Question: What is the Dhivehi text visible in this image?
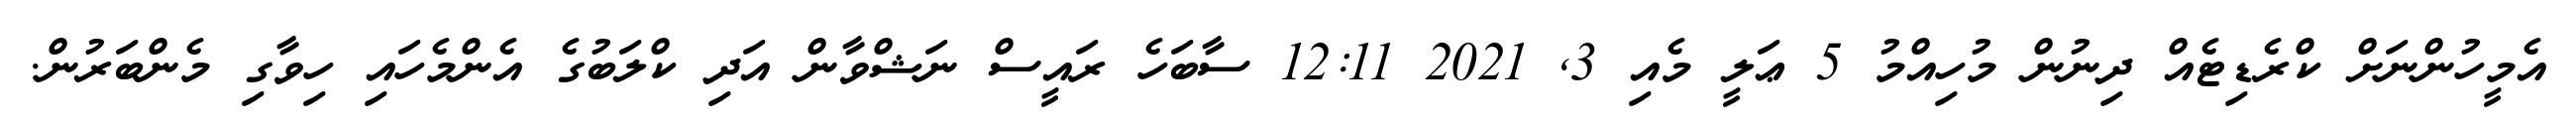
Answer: އެމީހުންނަށް ކްރެޑިޓެއް ދިނުން މުހިއްމު 5 ޢަލީ މެއި 3, 2021 12:11 ސާބަހެ ރައީސް ނަޝްވާން އަދި ކްލަބުގެ އެންމެހައި ހިވާގި މެންބަރުން.